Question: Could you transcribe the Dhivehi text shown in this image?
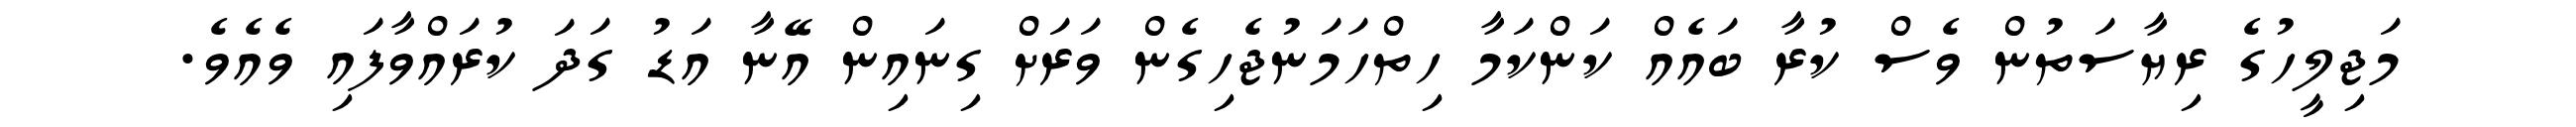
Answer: މަޖިލީހުގެ ރިޔާސަތުން ވެސް ކުރާ ބައެއް ކަންކަމާ ހިތްހަމަނުޖެހިގެން ވަރަށް ގިނައިން އޭނާ އަޑު ގަދަ ކުރައްވާފައި ވެއެވެ.